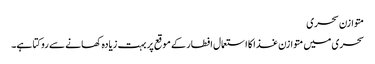
متوازن سحری
سحری میں متوازن غذا کا استعمال افطار کے موقع پر بہت زیادہ کھانے سے روکتا ہے۔